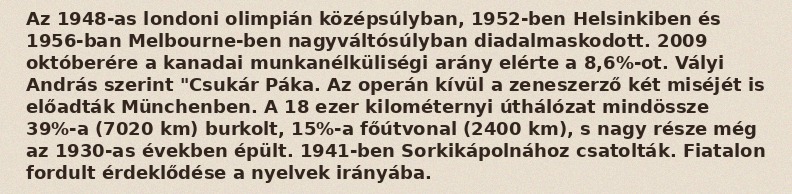
Az 1948-as londoni olimpián középsúlyban, 1952-ben Helsinkiben és 1956-ban Melbourne-ben nagyváltósúlyban diadalmaskodott. 2009 októberére a kanadai munkanélküliségi arány elérte a 8,6%-ot. Vályi András szerint "Csukár Páka. Az operán kívül a zeneszerző két miséjét is előadták Münchenben. A 18 ezer kilométernyi úthálózat mindössze 39%-a (7020 km) burkolt, 15%-a főútvonal (2400 km), s nagy része még az 1930-as években épült. 1941-ben Sorkikápolnához csatolták. Fiatalon fordult érdeklődése a nyelvek irányába.